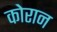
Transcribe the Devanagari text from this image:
कोरान